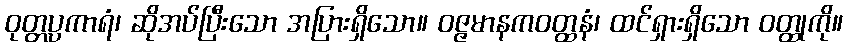
ဝုတ္တပ္ပကာရံ၊ ဆိုအပ်ပြီးသော အပြားရှိသော။ ဝဇ္ဇမာနကဝတ္ထနံ၊ ထင်ရှားရှိသော ဝတ္ထုကို။